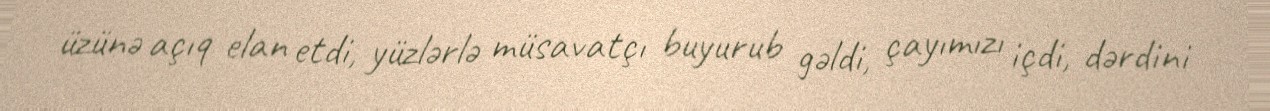
üzünə açıq elan etdi, yüzlərlə müsavatçı buyurub gəldi, çayımızı içdi, dərdini